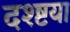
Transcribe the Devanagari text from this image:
दश्ष्टया